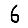
Digit: 6